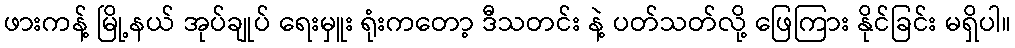
ဖားကန့် မြို့နယ် အုပ်ချုပ် ရေးမှူး ရုံးကတော့ ဒီသတင်း နဲ့ ပတ်သတ်လို့ ဖြေကြား နိုင်ခြင်း မရှိပါ။